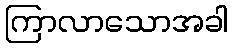
ကြာလာသောအခါ